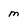
Character: m